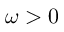
\omega > 0